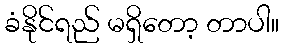
ခံနိုင်ရည် မရှိတော့ တာပါ။